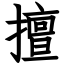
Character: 擅